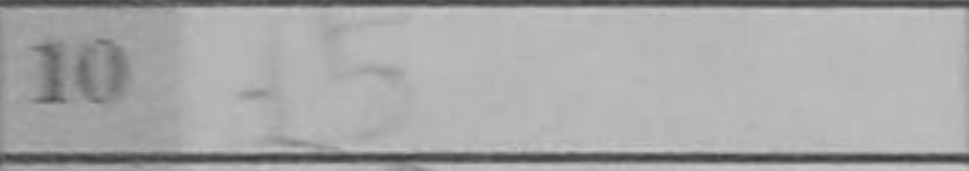
Transcription: f5